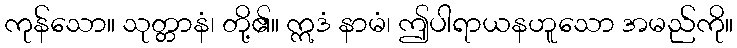
ကုန်သော။ သုတ္တာနံ၊ တို့၏။ ဣဒံ နာမံ၊ ဤပါရာယနဟူသော အမည်ကို။